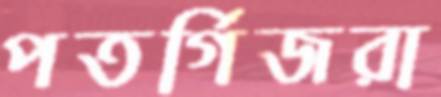
পতর্গিজরা